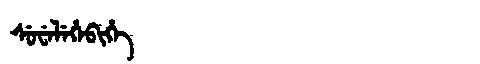
Manchu: ᠰᡠᠸᡝᠯᡝᡥᡝᠪᡳᡥᡝ
Romanization: SUWELEHEBIHE